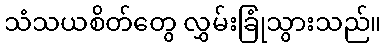
သံသယစိတ်တွေ လွှမ်းခြုံသွားသည်။